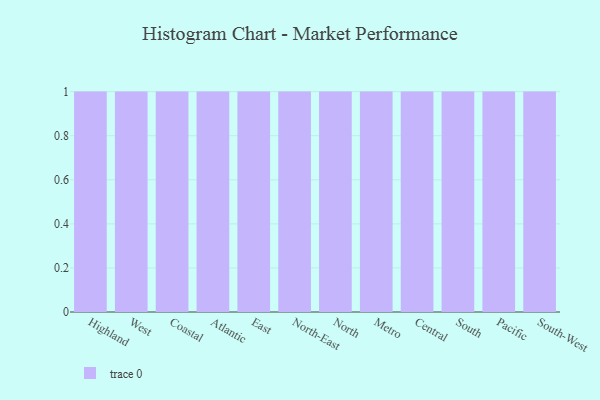
{"axis": {"x": "Region", "y": "Budget (USD K)"}, "legend": [""], "data": [{"x": "Highland", "y": 92, "type": ""}, {"x": "West", "y": 74, "type": ""}, {"x": "Coastal", "y": 6, "type": ""}, {"x": "Atlantic", "y": 46, "type": ""}, {"x": "East", "y": 61, "type": ""}, {"x": "North-East", "y": 56, "type": ""}, {"x": "North", "y": 10, "type": ""}, {"x": "Metro", "y": 11, "type": ""}, {"x": "Central", "y": 22, "type": ""}, {"x": "South", "y": 76, "type": ""}, {"x": "Pacific", "y": 57, "type": ""}, {"x": "South-West", "y": 50, "type": ""}]}